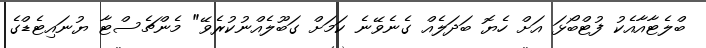
ބްލެޓާާއާއެކު ފުޓްބޯޅަ އަށް ހެޔޮ ބަދަލެއް ގެނެވޭނެ ކަމަށް ގަބޫލެއްނުކުރެވޭ" މެންޗެސްޓާ ޔުނައިޓެޑްގެ